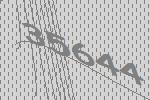
35644